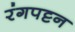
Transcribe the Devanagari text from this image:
रंगपट्टन